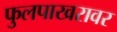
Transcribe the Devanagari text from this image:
फुलपाखरावर